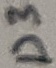
Text: D3